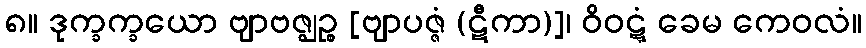
၈။ ဒုက္ခက္ခယော ဗျာဗဇ္ဈဉ္စ [ဗျာပဇ္ဇံ (ဋီကာ)]၊ ဝိဝဋ္ဋံ ခေမ ကေဝလံ။